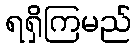
ရရှိကြမည်